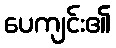
ပေကျင်း၏